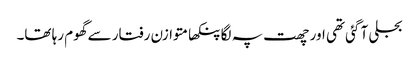
بجلی آ گئی تھی اور چھت پہ لگا پنکھا متوازن رفتار سے گھوم رہا تھا۔